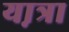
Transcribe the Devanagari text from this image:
या़त्रा